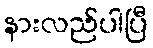
နားလည်ပါပြီ